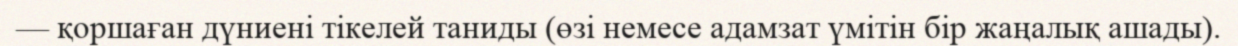
— қоршаған дүниені тікелей таниды (өзі немесе адамзат үмітін бір жаңалық ашады).